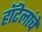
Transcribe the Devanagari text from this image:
हॉटेलांचे